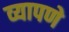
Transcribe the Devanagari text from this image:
व्यापणे